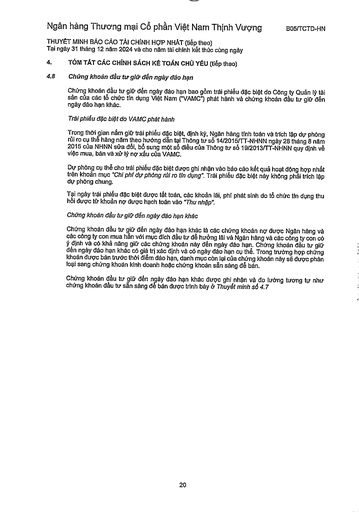
||(tiếp theo)| |---|---| |4.8|Chứng khoán đầu tư giữ đến ngày đáo hạn Chứng khoán đầu tư giữ đến ngày đáo hạn bao gồm trái phiếu đặc biệt do Công ty Quản lý tài sản của các tổ chức tín dụng Việt Nam ("VAMC") phát hành và chứng khoán đầu tư giữ đến ngày đáo hạn khác. Trái phiếu đặc biệt do VAMC phát hành Trong thời gian nắm giữ trái phiếu đặc biệt, định kỳ, Ngân hàng tính toán và trích lập dự phòng rủi ro cụ thể hàng năm theo hướng dẫn tại Thông tư số 14/2015/TT-NHNN ngày 28 tháng 8 năm 2015 của NHNN sửa đổi, bổ sung một số điều của Thông tư số 19/2013/TT-NHNN quy định về việc mua, bán và xử lý nợ xấu của VAMC. Dự phòng cụ thể cho trái phiếu đặc biệt được ghi nhận vào báo cáo kết quả hoạt động hợp nhất trên khoản mục "Chi phí dự phòng rủi ro tín dụng". Trái phiếu đặc biệt này không phải trích lập dự phòng chung. Tại ngày trái phiếu đặc biệt được tất toán, các khoản lãi, phí phát sinh do tổ chức tín dụng thu hồi được từ khoản nợ được hạch toán vào "Thu nhập". Chứng khoán đầu tư giữ đến ngày đáo hạn khác Chứng khoán đầu tư giữ đến ngày đáo hạn khác là các chứng khoán nợ được Ngân hàng và các công ty con mua hẳn với mục đích đầu tư để hưởng lãi và Ngân hàng và các công ty con có ý định và có khả năng giữ các chứng khoán này đến ngày đáo hạn. Chứng khoán đầu tư giữ đến ngày đáo hạn khác có giá trị xác định và có ngày đáo hạn cụ thể, Trong trường hợp chứng khoán được bán trước thời điểm đáo hạn, danh mục còn lại của chứng khoán này sẽ được phân loại sang chứng khoán kinh doanh hoặc chứng khoán sẵn sàng để bán. Chứng khoán đầu tư giữ đến ngày đáo hạn khác được ghi nhận và đo lường tương tự như chứng khoán đầu tư sẵn sàng để bán được trình ở Thuyết minh số 4.7|